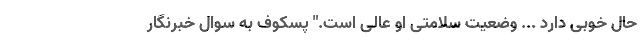
حال خوبی دارد ... وضعیت سلامتی او عالی است." پسکوف به سوال خبرنگار